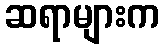
ဆရာများက